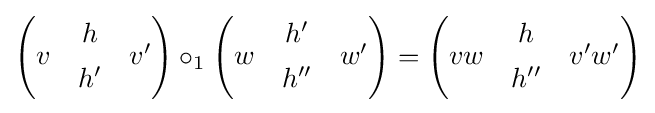
{\begin{pmatrix}&h&\\[-0.9ex]v&&v'\\[-0.9ex]&h'&\end{pmatrix}}\circ _{1}{\begin{pmatrix}&h'&\\[-0.9ex]w&&w'\\[-0.9ex]&h''&\end{pmatrix}}={\begin{pmatrix}&h&\\[-0.9ex]vw&&v'w'\\[-0.9ex]&h''&\end{pmatrix}}